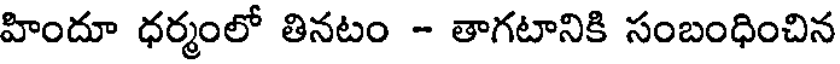
హిందూ ధర్మంలో తినటం - తాగటానికి సంబంధించిన